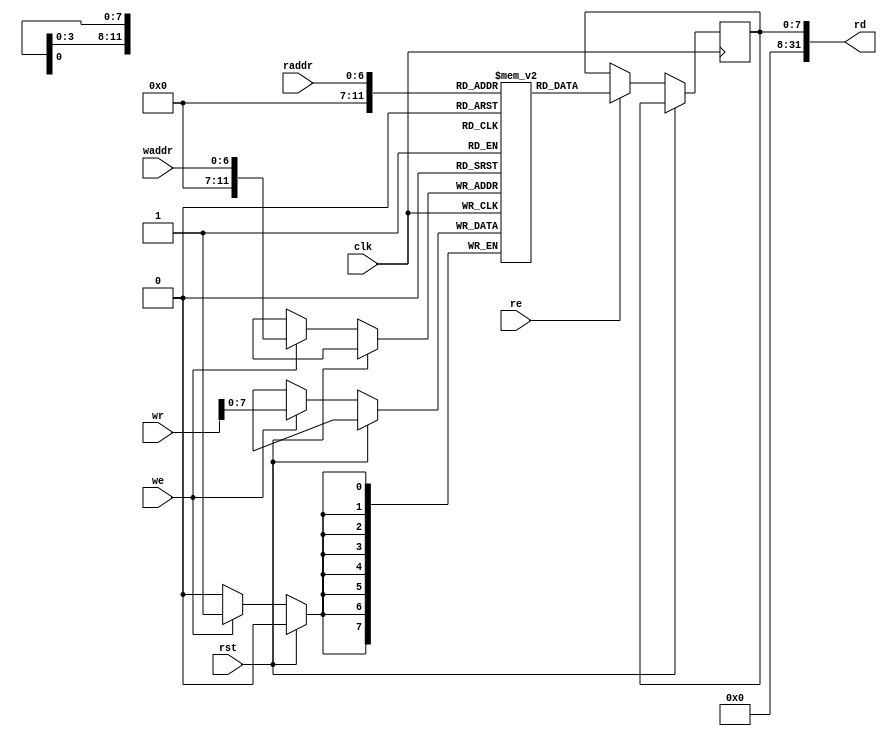
// This program was cloned from: https://github.com/zephray/RISu064
// License: MIT License

`timescale 1ns / 1ps
`default_nettype none
//
// RISu64
// Copyright 2022 Wenting Zhang
//
// Permission is hereby granted, free of charge, to any person obtaining a copy
// of this software and associated documentation files (the "Software"), to deal
// in the Software without restriction, including without limitation the rights
// to use, copy, modify, merge, publish, distribute, sublicense, and/or sell
// copies of the Software, and to permit persons to whom the Software is
// furnished to do so, subject to the following conditions:
//
// The above copyright notice and this permission notice shall be included in
// all copies or substantial portions of the Software.
//
// THE SOFTWARE IS PROVIDED "AS IS", WITHOUT WARRANTY OF ANY KIND, EXPRESS OR
// IMPLIED, INCLUDING BUT NOT LIMITED TO THE WARRANTIES OF MERCHANTABILITY,
// FITNESS FOR A PARTICULAR PURPOSE AND NONINFRINGEMENT. IN NO EVENT SHALL THE
// AUTHORS OR COPYRIGHT HOLDERS BE LIABLE FOR ANY CLAIM, DAMAGES OR OTHER
// LIABILITY, WHETHER IN AN ACTION OF CONTRACT, TORT OR OTHERWISE, ARISING FROM,
// OUT OF OR IN CONNECTION WITH THE SOFTWARE OR THE USE OR OTHER DEALINGS IN THE
// SOFTWARE.
//
module ram_generic_1r1w(
    input wire clk,
    input wire rst,
    // Read port
    input wire [6:0] raddr,
    output wire [31:0] rd,
    input wire re,
    // Write port
    input wire [6:0] waddr,
    input wire [31:0] wr,
    input wire we
);

    parameter DBITS = 8;
    parameter ABITS = 12;
    localparam DEPTH = (1 << ABITS);

    reg [DBITS-1:0] mem [0:DEPTH-1];
    reg [DBITS-1:0] rd_reg;

    always @(posedge clk) begin
        if (!rst) begin
            if (we) begin
                mem[waddr] <= wr;
            end
            
            if (re) begin
                rd_reg <= mem[raddr];
            end
        end
    end

    assign rd = rd_reg;

endmodule